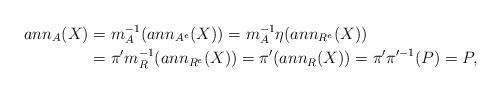
LaTeX: \begin{align*}ann_A(X)&=m_A^{-1}(ann_{A^e}(X))=m_A^{-1}\eta(ann_{R^e}(X))\\&=\pi'm_R^{-1}(ann_{R^e}(X))=\pi'(ann_{R}(X))=\pi'\pi'^{-1}(P)=P,\end{align*}